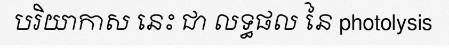
បរិយាកាស នេះ ជា លទ្ធផល នៃ photolysis